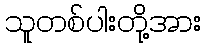
သူတစ်ပါးတို့အား